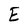
Character: E